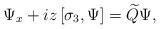
LaTeX: \begin{align*}\Psi_x+iz\left[\sigma_3,\Psi\right]=\widetilde{Q} \Psi,\end{align*}